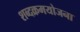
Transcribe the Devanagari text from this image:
शब्दक्रमयोजना